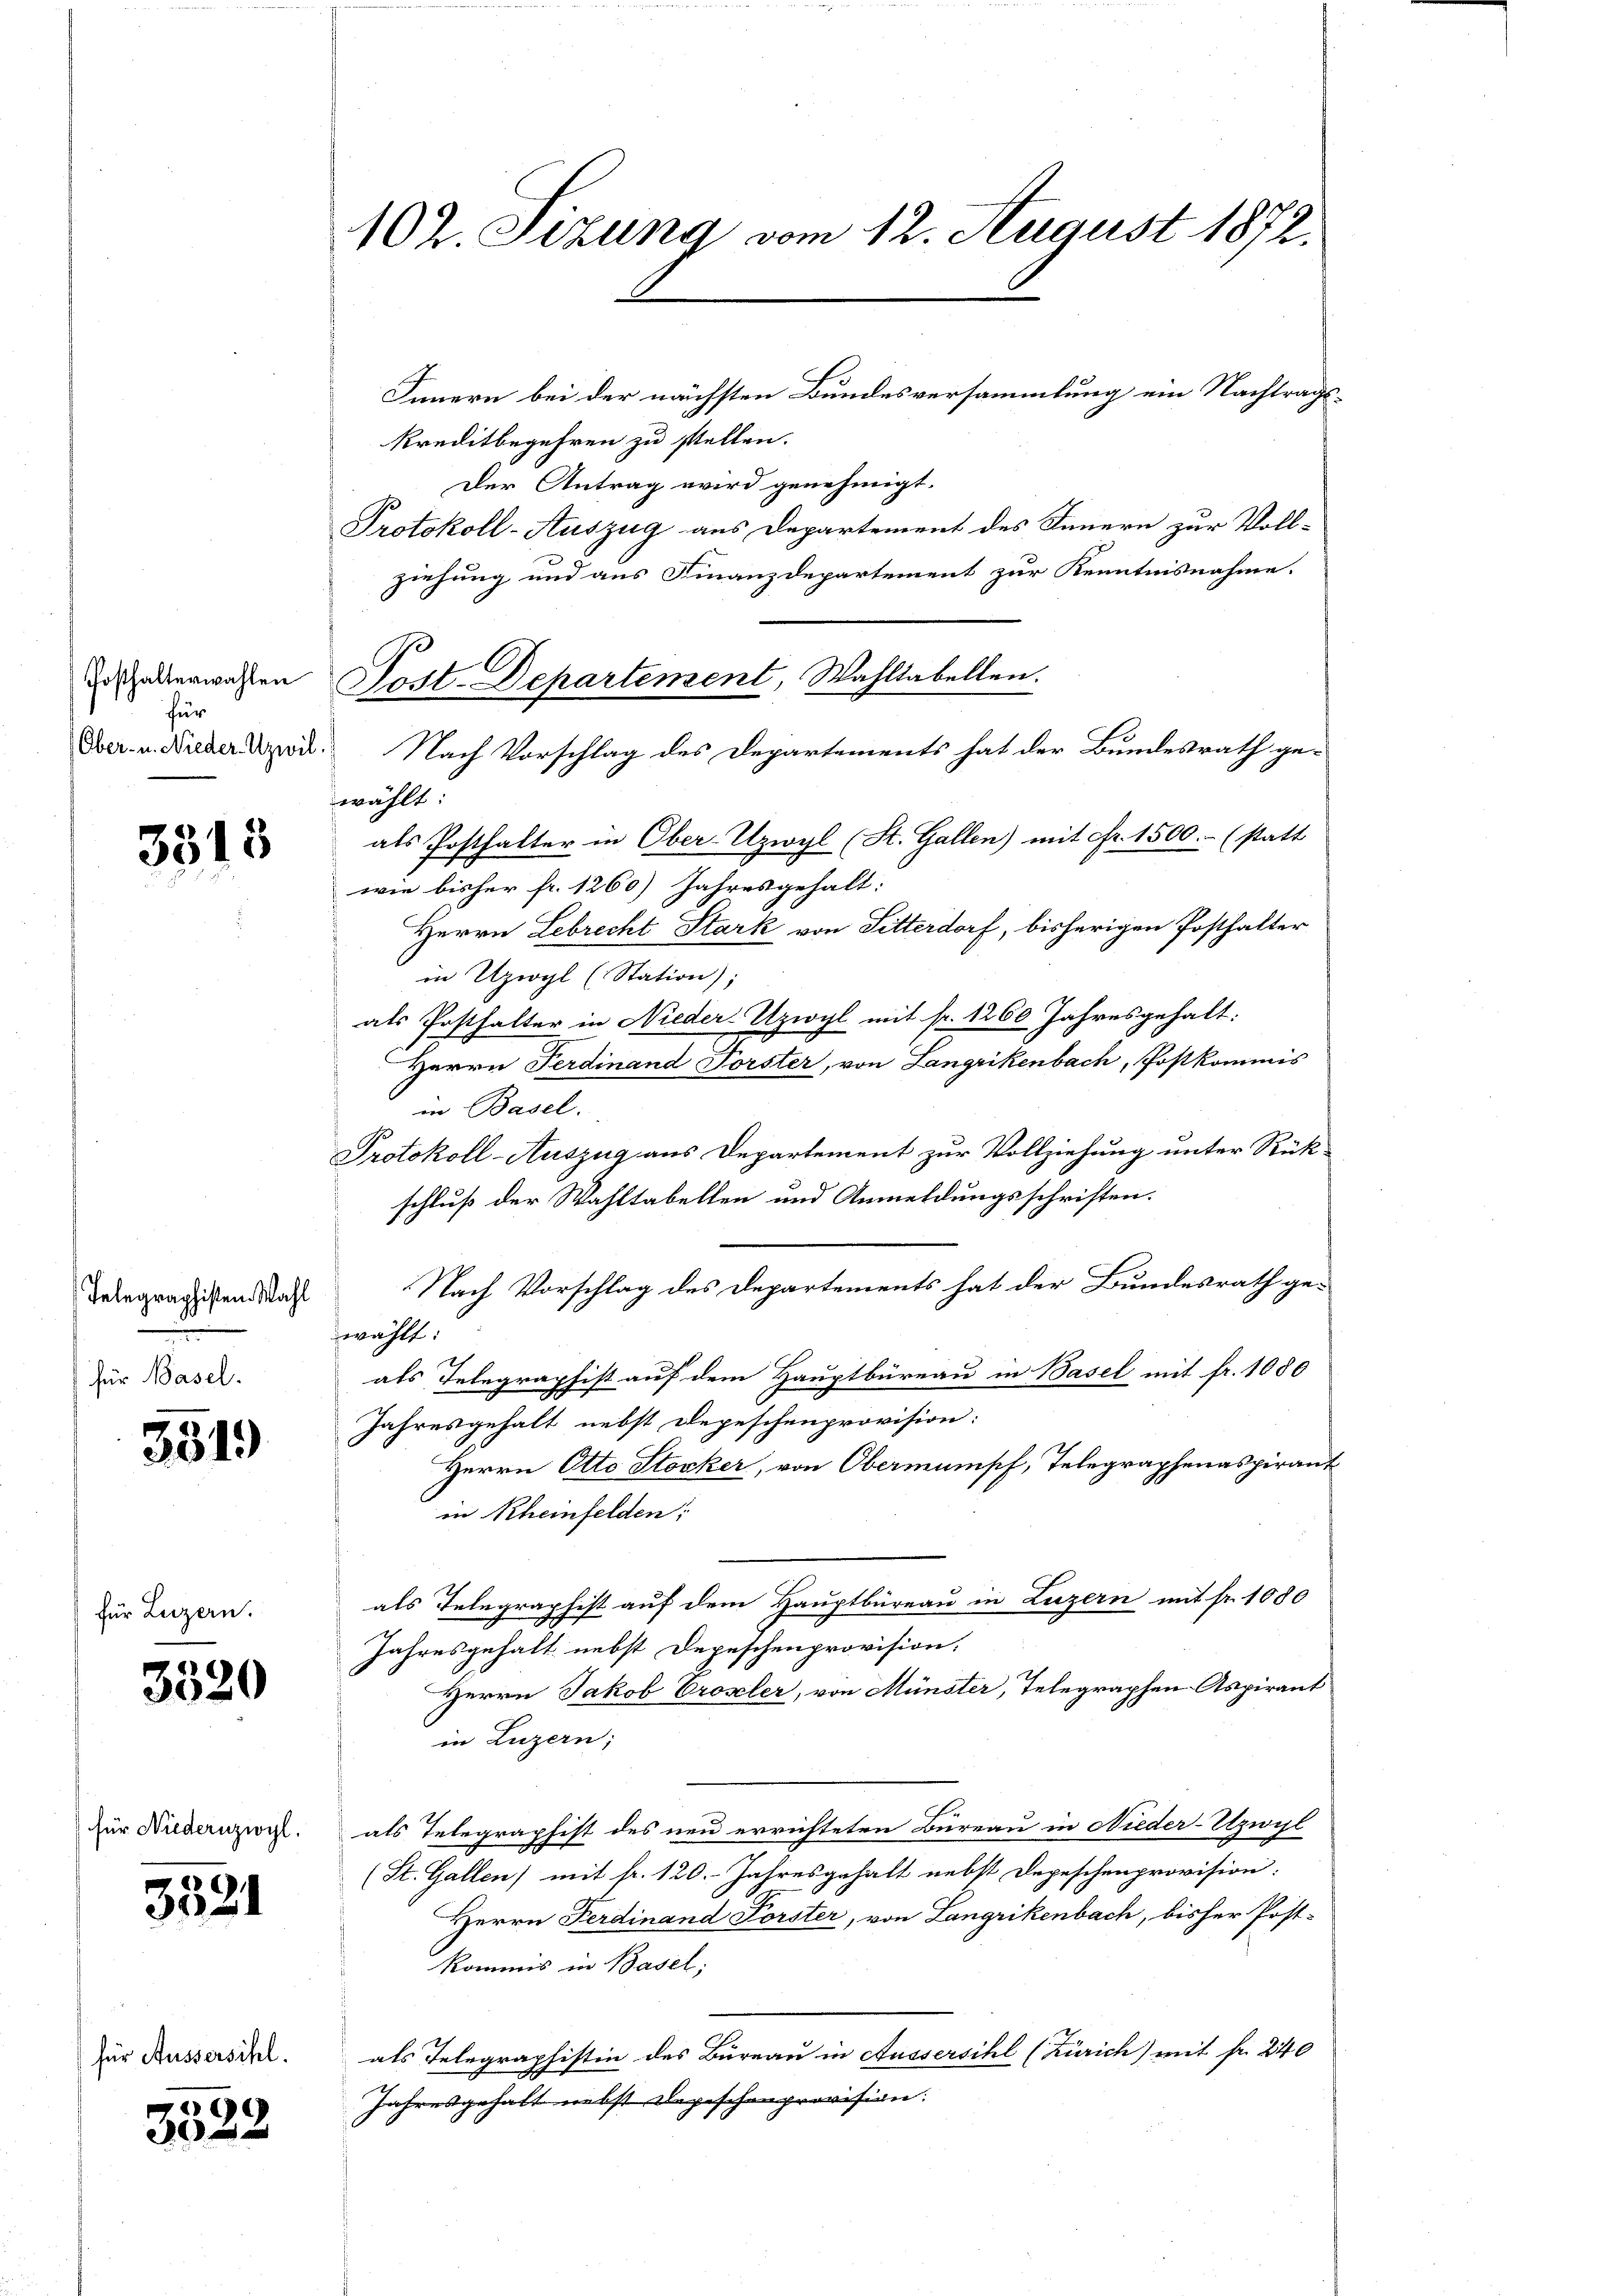
Posthalterwahlen
für
Ober- u. Nieder-Uzwil.

3315

Telegraphisten Wahl
für Basel.

3519

für Luzern.

3320

für Niedernzivyl.

3321

für Aussersihl.

9
5

102. Sizung vom 12. August 1872.

Innern bei der nächsten Bundesversammlung ein Nachtragskreditbegehren zu stellen.
Der Antrag wird genehmigt.
Protokoll-Auszug aus Departement des Innern zur Vollziehung und aus Finanzdepartement zur Kenntnisnahme.
ewählt.
als Posthalter in Ober-Uzwyl (St. Gallen) mit Fr. 1500.- (statt
wie bisher fr. 1260) Jahresgehalt:
Herrn Lebrecht Stark von Sitterdorf, bisherigen Posthalter
in Uziogl (Station),
als Posthalter in Nieder-Uzwyl mit fr. 1260 Jahresgehalt:
Herrn Ferdinand Forster, von Langrikenbach, Postkommis
in Basel.
Protokoll-Auszug aus Departement zur Vollziehung unter Rück-
schluß der Wahltabellen und Anmeldungsschriften.
Nach Vorschlag des Departements hat der Bundesrath gewählt:
als Telegraphist auf dem Hauptbüreau in Basel mit fr. 1080
Jahresgehalt nebst Depeschenprovision:
Herrn Otto Stocker, von Obermumpf, Telegraphenaspirant
in Rheinfelden;
als Telegraphist auf dem Hauptbüreau in Luzern mit fr. 1080
Jahresgehalt nebst Depeschenprovision.
Herrn Jakob Proseler, von Münster, Telegraphen Aspirant
in Luzern;
als Telegraphist des neu errichteten Bureau in Nieder-Utzwil
(St. Gallen) mit fr. 120. Jahresgehalt nebst Depeschenprovision:
Herrn Ferdinand Forster, von Langrikenbach, bisher Post-
kommis in Basel;
als Telegraphistin des Büreau in Aussersihl (Zürich) mit fr. 240
Jahresgehalt nebst Depeschenprovision.

Sost. Departement, Wahltabellen.
Nach Vorschlag des Departements hat der Bundesrath ge¬